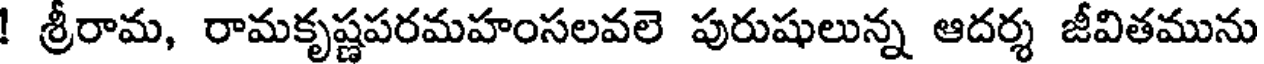
! శ్రీరామ, రామకృష్ణపరమహంసలవలె పురుషులున్న ఆదర్శ జీవితమును